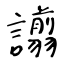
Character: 譾